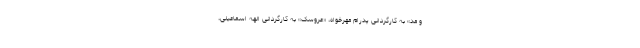
و مد» به کارگردانی پدرام مهرخواه، «عروسک» به کارگردانی الهه اسماعیلی،